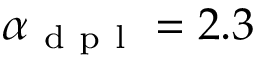
\alpha _ { \mathrm { ~ d ~ p ~ l ~ } } = 2 . 3